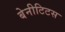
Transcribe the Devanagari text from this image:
बेनीटिटस